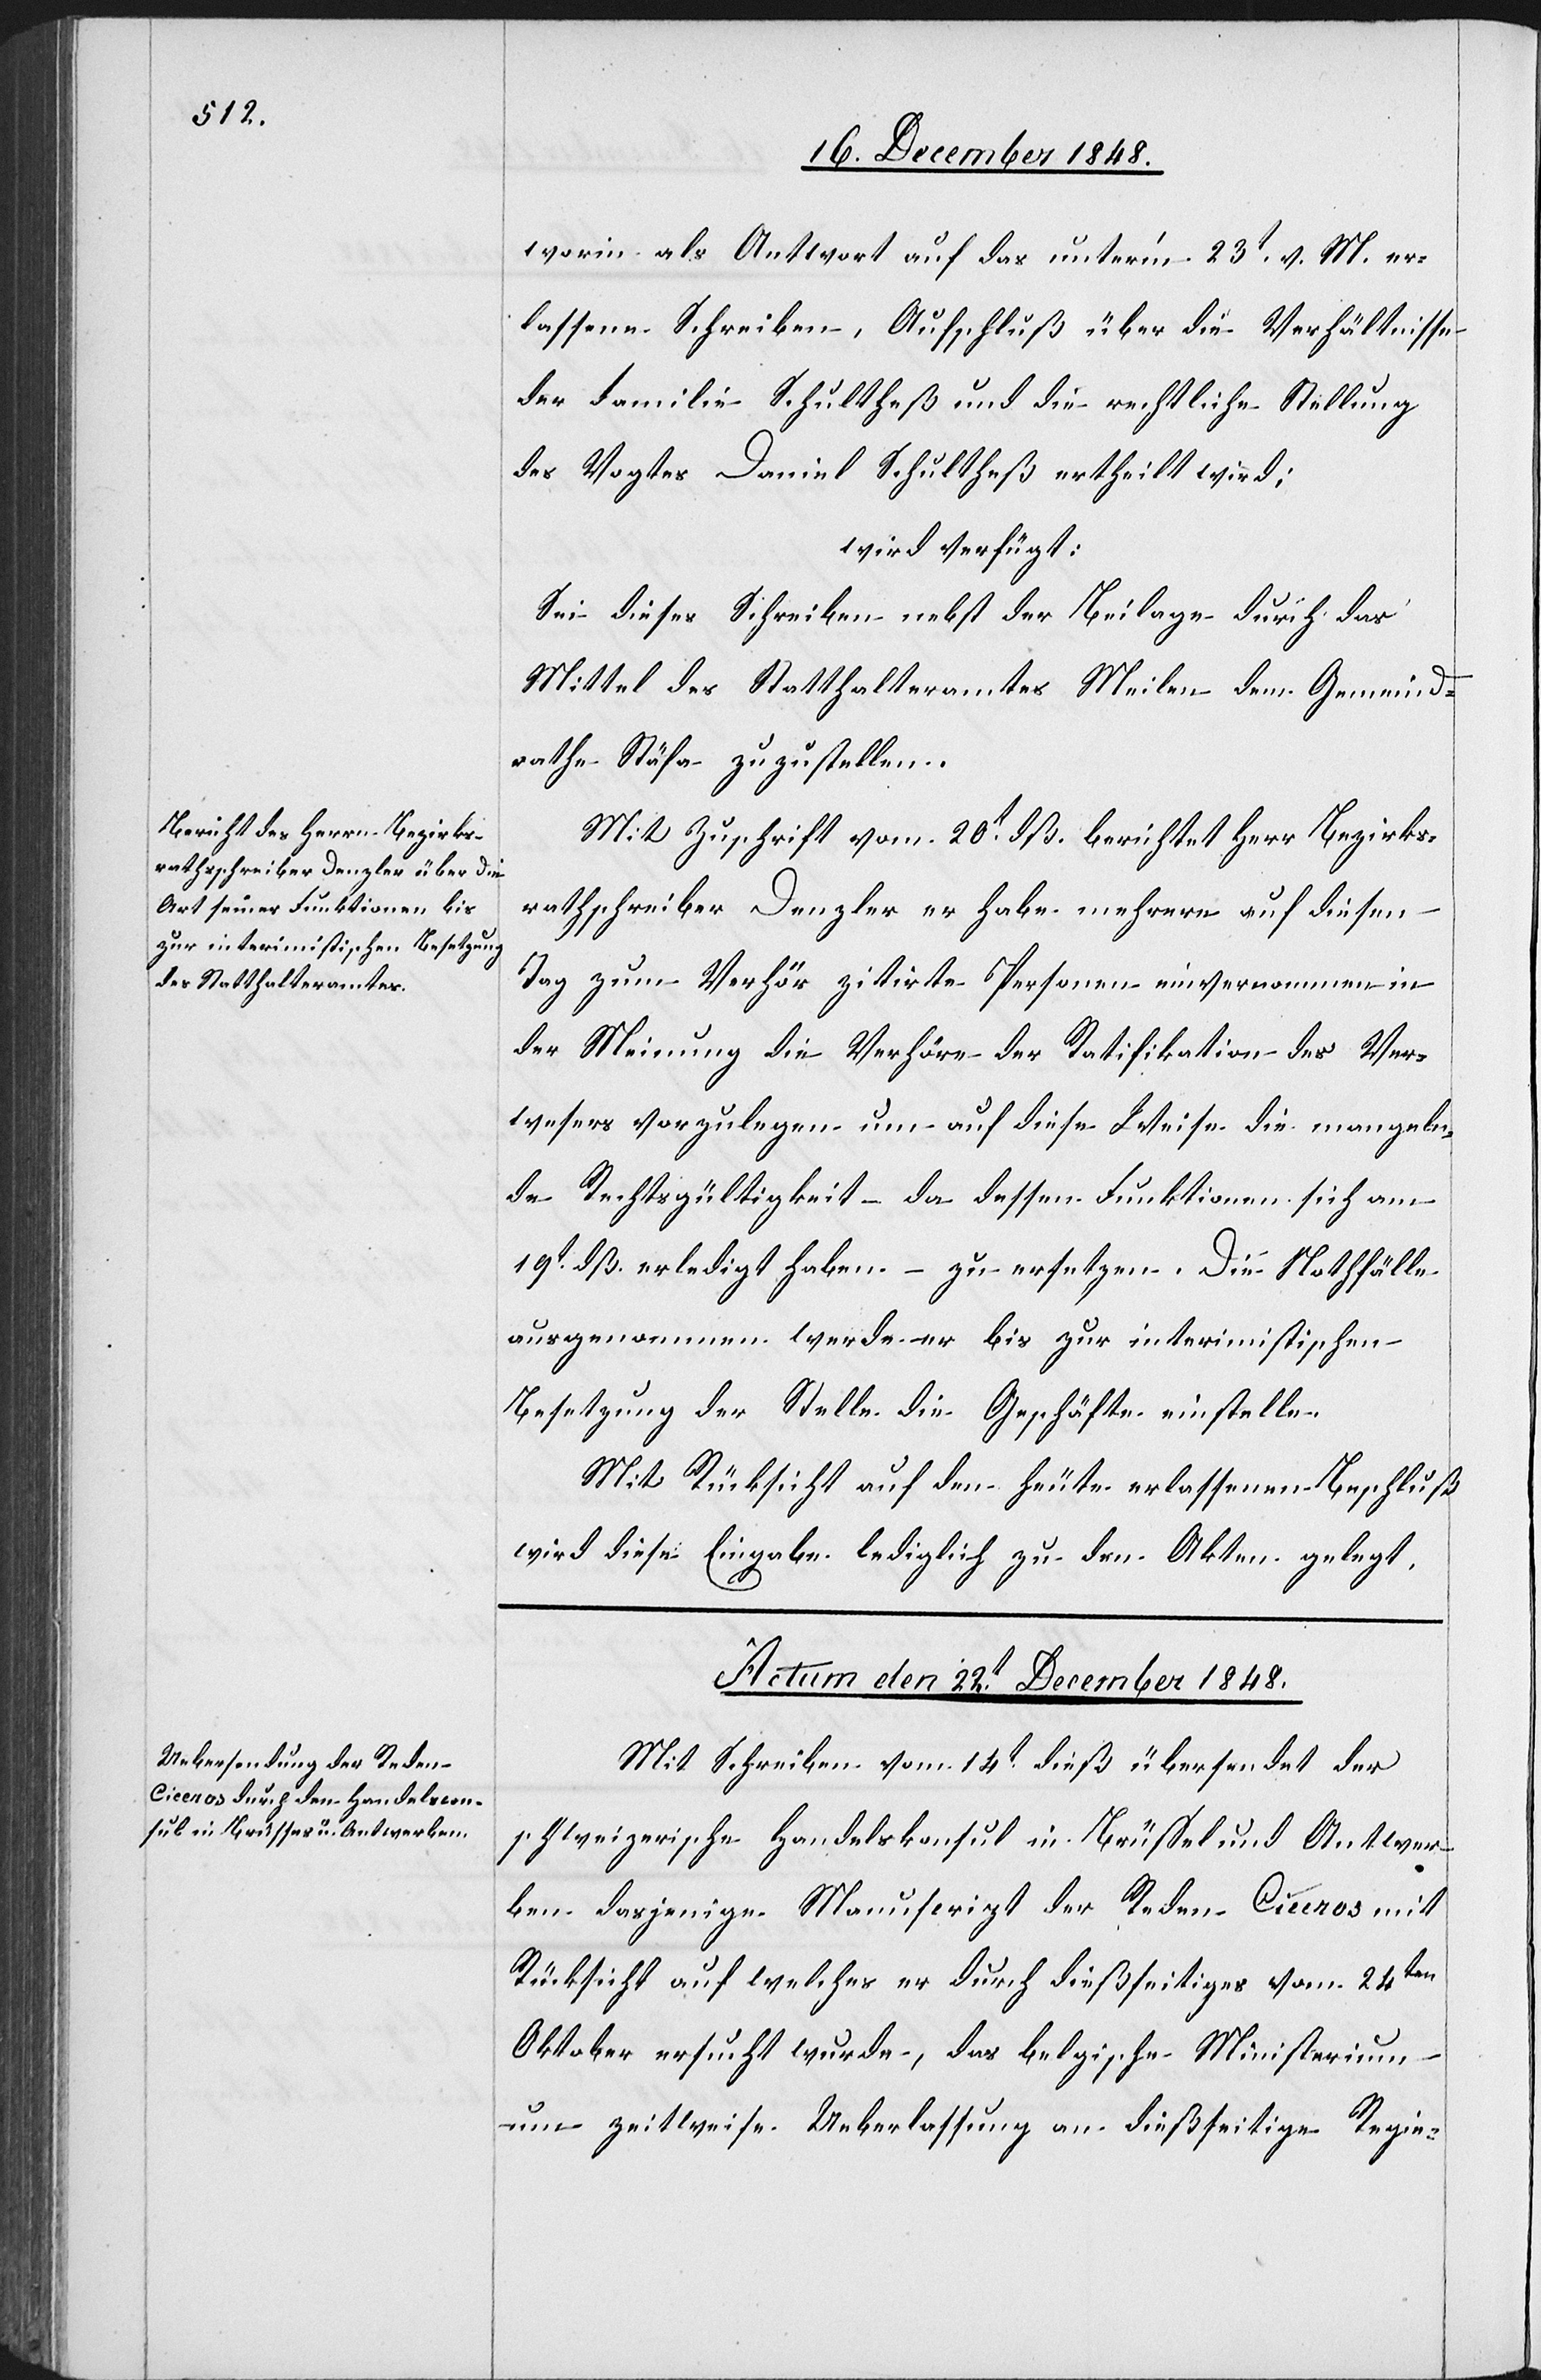
worin als Antwort auf das unter’m 23t v. M. er¬
lassene Schreiben, Aufschluß über die Verhältnisse
der Familie Schultheß und die rechtliche Stellung
des Vogtes Daniel Schultheß ertheilt wird;
wird verfügt:
Sei dieses Schreiben nebst der Beilage durch das
Mittel des Statthalteramtes Meilen dem Gemeind¬
rathe Stäfa zuzustellen.
Mit Zuschrift vom 20t dß. berichtet Herr Bezirks¬
rathschreiber Denzler er habe mehrere auf diesen
Tag zum Verhör zitirte Personen einvernommen in
der Meinung die Verhöre der Ratifikation des Ver¬
wesers vorzulegen um auf diese Weise die mangeln¬
de Rechtsgültigkeit – da dessen Funktionen sich am
19t dß. erledigt haben – zu ersetzen. Die Nothfälle
ausgenommen werde er bis zur interimistischen
Besetzung der Stelle die Geschäfte einstelle[n].
Mit Rücksicht auf den heute erlassenen Beschluß
wird diese Eingabe lediglich zu den Akten gelegt.
Actum den 22t December 1848.
Mit Schreiben vom 14t dieß übersendet der
schweizerische Handelskonsul in Brüssel und Antwer¬
ben dasjenige Manuscript der Reden Ciceros mit
Rücksicht auf welches er durch dießseitiges vom 24ten
Oktober ersucht wurde, das belgische Ministerium
um zeitweise Ueberlassung an dießseitige Regie-